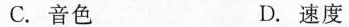
C.音色 D.速度